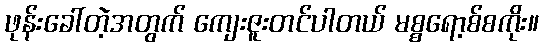
ဖုန်းခေါ်တဲ့အတွက် ကျေးဇူးတင်ပါတယ် မစ္စရော့စ်စကိုး။